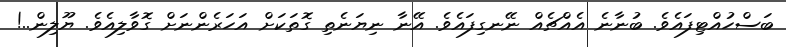
ބަސްހުއްޓިފައެވެ. ބުނާނެ އެއްޗެއް ނޭނގިފައެވެ. އޭނާ ނިޔަނެތި ގޮތަކަށް އަހަރެންނަށް ގޮވާލިއެވެ. ޔޫލިން..!